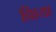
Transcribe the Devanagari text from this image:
प्रिाया